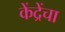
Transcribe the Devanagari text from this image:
केंद्रेंचा